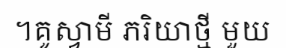
។គូស្វាមី ភរិយាថ្មី មួយ